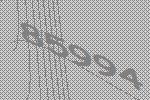
85994